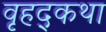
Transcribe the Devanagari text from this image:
वृहद्कथा